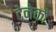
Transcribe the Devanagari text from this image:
टेनेको